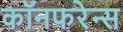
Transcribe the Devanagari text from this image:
कॉनफरेन्स